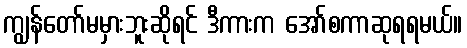
ကျွန်တော်မမှားဘူးဆိုရင် ဒီကားက အော်စကာဆုရရမယ်။